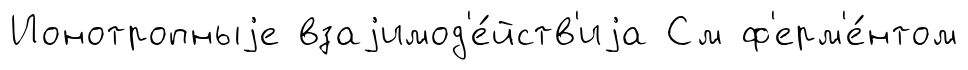
Ионотропныjе взаjимод'е́йств'иjа См ф'ерм'е́нтом